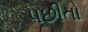
પછીતો